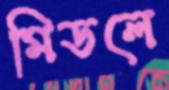
মিডলে